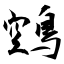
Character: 鵼